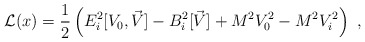
\begin{align*}{\cal L}(x)= {1\over 2}\left(E_i^2[V_0,\vec{V}]-B_i^2[\vec{V}]+M^2V_0^2-M^2V_i^2\right)~,\end{align*}